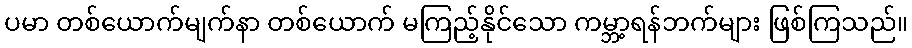
ပမာ တစ်ယောက်မျက်နာ တစ်ယောက် မကြည့်နိုင်သော ကမ္ဘာ့ရန်ဘက်များ ဖြစ်ကြသည်။